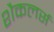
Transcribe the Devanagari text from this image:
शैकलर्स